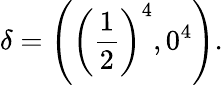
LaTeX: \delta=\left(\left(\frac{1}{2}\right)^{4},0^{4}\right).